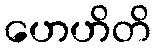
ဟေဟိတိ